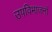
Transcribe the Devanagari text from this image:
उपविभाजनों